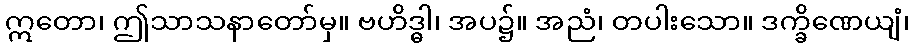
ဣတော၊ ဤသာသနာတော်မှ။ ဗဟိဒ္ဓါ၊ အပ၌။ အညံ၊ တပါးသော။ ဒက္ခိဏေယျံ၊